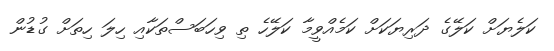
ކަލެޔަށް ކަލޭގެ ދަރިޔަކަށް ކަމެއްވީމާ ކަލޭހެ ތި ވިހަބަސްތަކާއި ހިލަ ހިތަށް ގުޑުން